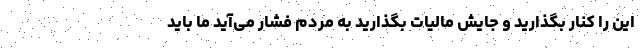
این را کنار بگذارید و جایش مالیات بگذارید به مردم فشار می‌آید ما باید